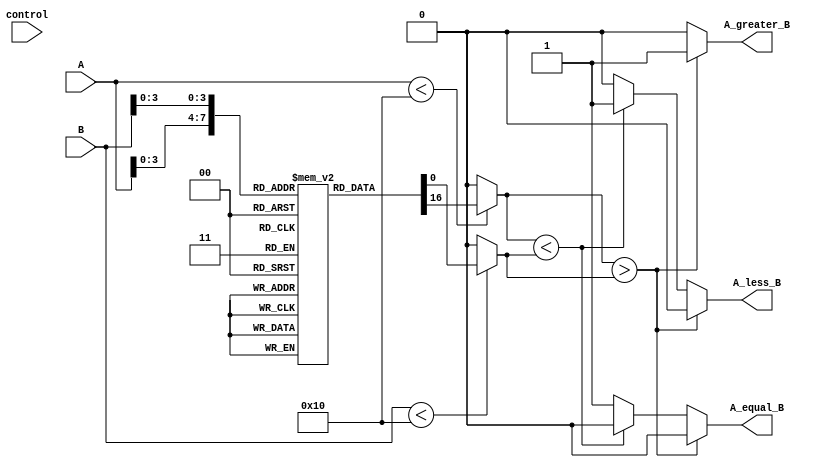
module LogarithmicComparator (
    input [15:0] A,             // Input A (fixed-point or floating-point, for example)
    input [15:0] B,             // Input B
    input [1:0] control,        // Control signal for comparison mode (Not used in this basic comparison)
    output reg A_greater_B,     // A > B signal
    output reg A_less_B,        // A < B signal
    output reg A_equal_B        // A = B signal
);

// Logarithmic LUT - This example assumes a 16-value input range for simplicity.
reg [15:0] log_lut [0:15]; // Logarithmic lookup table

// Initial block to populate the LUT with example values
initial begin
    log_lut[0] = 16'b0;          // log(1) = 0
    log_lut[1] = 16'b0;          // log(1) = 0
    log_lut[2] = 16'b0000000000011110; // Example: log(2) ~ 1.0 
    log_lut[3] = 16'b0000000000100110; // Example: log(3) ~ 1.585
    log_lut[4] = 16'b0000000000110000; // Example: log(4) = 2.0 
    log_lut[5] = 16'b0000000000111000; // Example: log(5) ~ 2.321
    log_lut[6] = 16'b0000000001000000; // Example: log(6) ~ 2.585
    log_lut[7] = 16'b0000000001001000; // Example: log(7) ~ 2.807
    log_lut[8] = 16'b0000000001010000; // Example: log(8) = 3.0 
    log_lut[9] = 16'b0000000001011000; // Example: log(9) ~ 3.169
    log_lut[10] = 16'b0000000001100000; // Example: log(10) ~ 3.321
    log_lut[11] = 16'b0000000001101000; // Example: log(11) ~ 3.459
    log_lut[12] = 16'b0000000001110000; // Example: log(12) ~ 3.585
    log_lut[13] = 16'b0000000001111000; // Example: log(13) ~ 3.701
    log_lut[14] = 16'b0000000010000000; // Example: log(14) ~ 3.807
    log_lut[15] = 16'b0000000010001000; // Example: log(15) ~ 3.906
end

// Logarithmic comparison process
always @(*) begin
    // Default outputs
    A_greater_B = 1'b0;
    A_less_B = 1'b0;
    A_equal_B = 1'b0;

    // Extract logarithmic values from LUT
    if (A < 16)  // A should not exceed LUT size
        logA = log_lut[A];
    else
        logA = 16'b0; // Out of range

    if (B < 16)  // B should not exceed LUT size
        logB = log_lut[B];
    else
        logB = 16'b0; // Out of range

    // Comparison logic
    if (logA > logB) begin
        A_greater_B = 1'b1;
    end else if (logA < logB) begin
        A_less_B = 1'b1;
    end else begin
        A_equal_B = 1'b1;
    end
end

endmodule